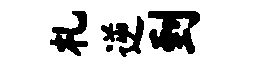
札逆到